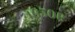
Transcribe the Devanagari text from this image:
४६५०ए